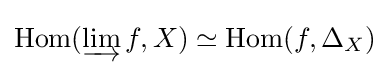
\operatorname {Hom} (\varinjlim f,X)\simeq \operatorname {Hom} (f,\Delta _{X})